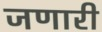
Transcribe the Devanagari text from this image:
जणारी